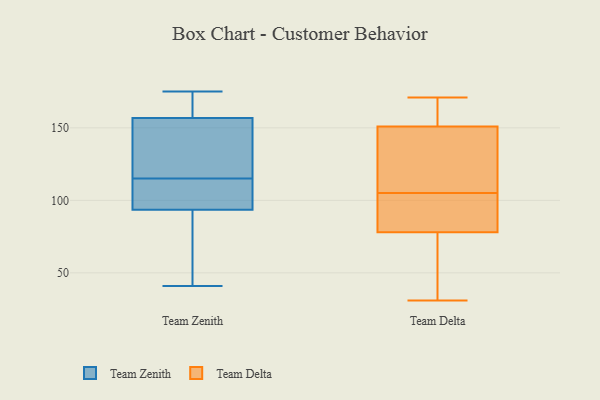
{"axis": {"x": "Gross Profit (USD K)", "y": "Value"}, "legend": ["Team Delta", "Team Zenith"], "data": [{"x": "", "y": 76, "type": "Team Zenith"}, {"x": "", "y": 110, "type": "Team Zenith"}, {"x": "", "y": 115, "type": "Team Zenith"}, {"x": "", "y": 102, "type": "Team Zenith"}, {"x": "", "y": 156, "type": "Team Zenith"}, {"x": "", "y": 94, "type": "Team Zenith"}, {"x": "", "y": 159, "type": "Team Zenith"}, {"x": "", "y": 41, "type": "Team Zenith"}, {"x": "", "y": 167, "type": "Team Zenith"}, {"x": "", "y": 147, "type": "Team Zenith"}, {"x": "", "y": 152, "type": "Team Zenith"}, {"x": "", "y": 175, "type": "Team Zenith"}, {"x": "", "y": 92, "type": "Team Zenith"}, {"x": "", "y": 155, "type": "Team Delta"}, {"x": "", "y": 105, "type": "Team Delta"}, {"x": "", "y": 89, "type": "Team Delta"}, {"x": "", "y": 85, "type": "Team Delta"}, {"x": "", "y": 133, "type": "Team Delta"}, {"x": "", "y": 154, "type": "Team Delta"}, {"x": "", "y": 58, "type": "Team Delta"}, {"x": "", "y": 150, "type": "Team Delta"}, {"x": "", "y": 75, "type": "Team Delta"}, {"x": "", "y": 31, "type": "Team Delta"}, {"x": "", "y": 171, "type": "Team Delta"}, {"x": "", "y": 79, "type": "Team Delta"}, {"x": "", "y": 124, "type": "Team Delta"}]}